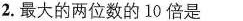
2.最大的两位数的10倍是 ()